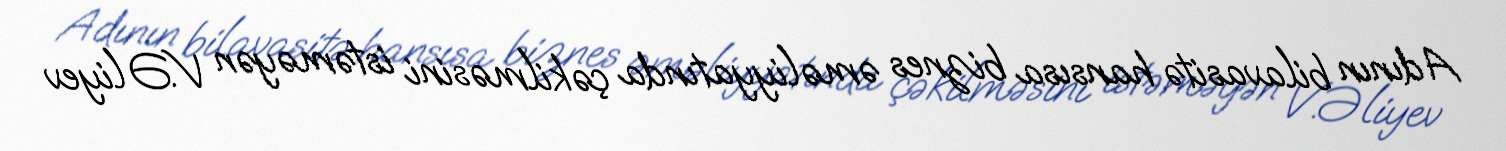
Adının bilavasitə hansısa biznes əməliyyatında çəkilməsini istəməyən V.Əliyev